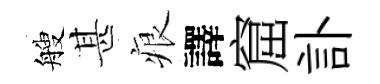
艘甚痕譯窟訃